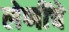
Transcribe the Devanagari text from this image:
लेणींचे